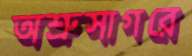
অশ্রুসাগরে